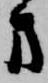
方